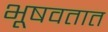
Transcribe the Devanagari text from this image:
भूषवतात